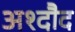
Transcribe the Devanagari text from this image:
अश्दौद